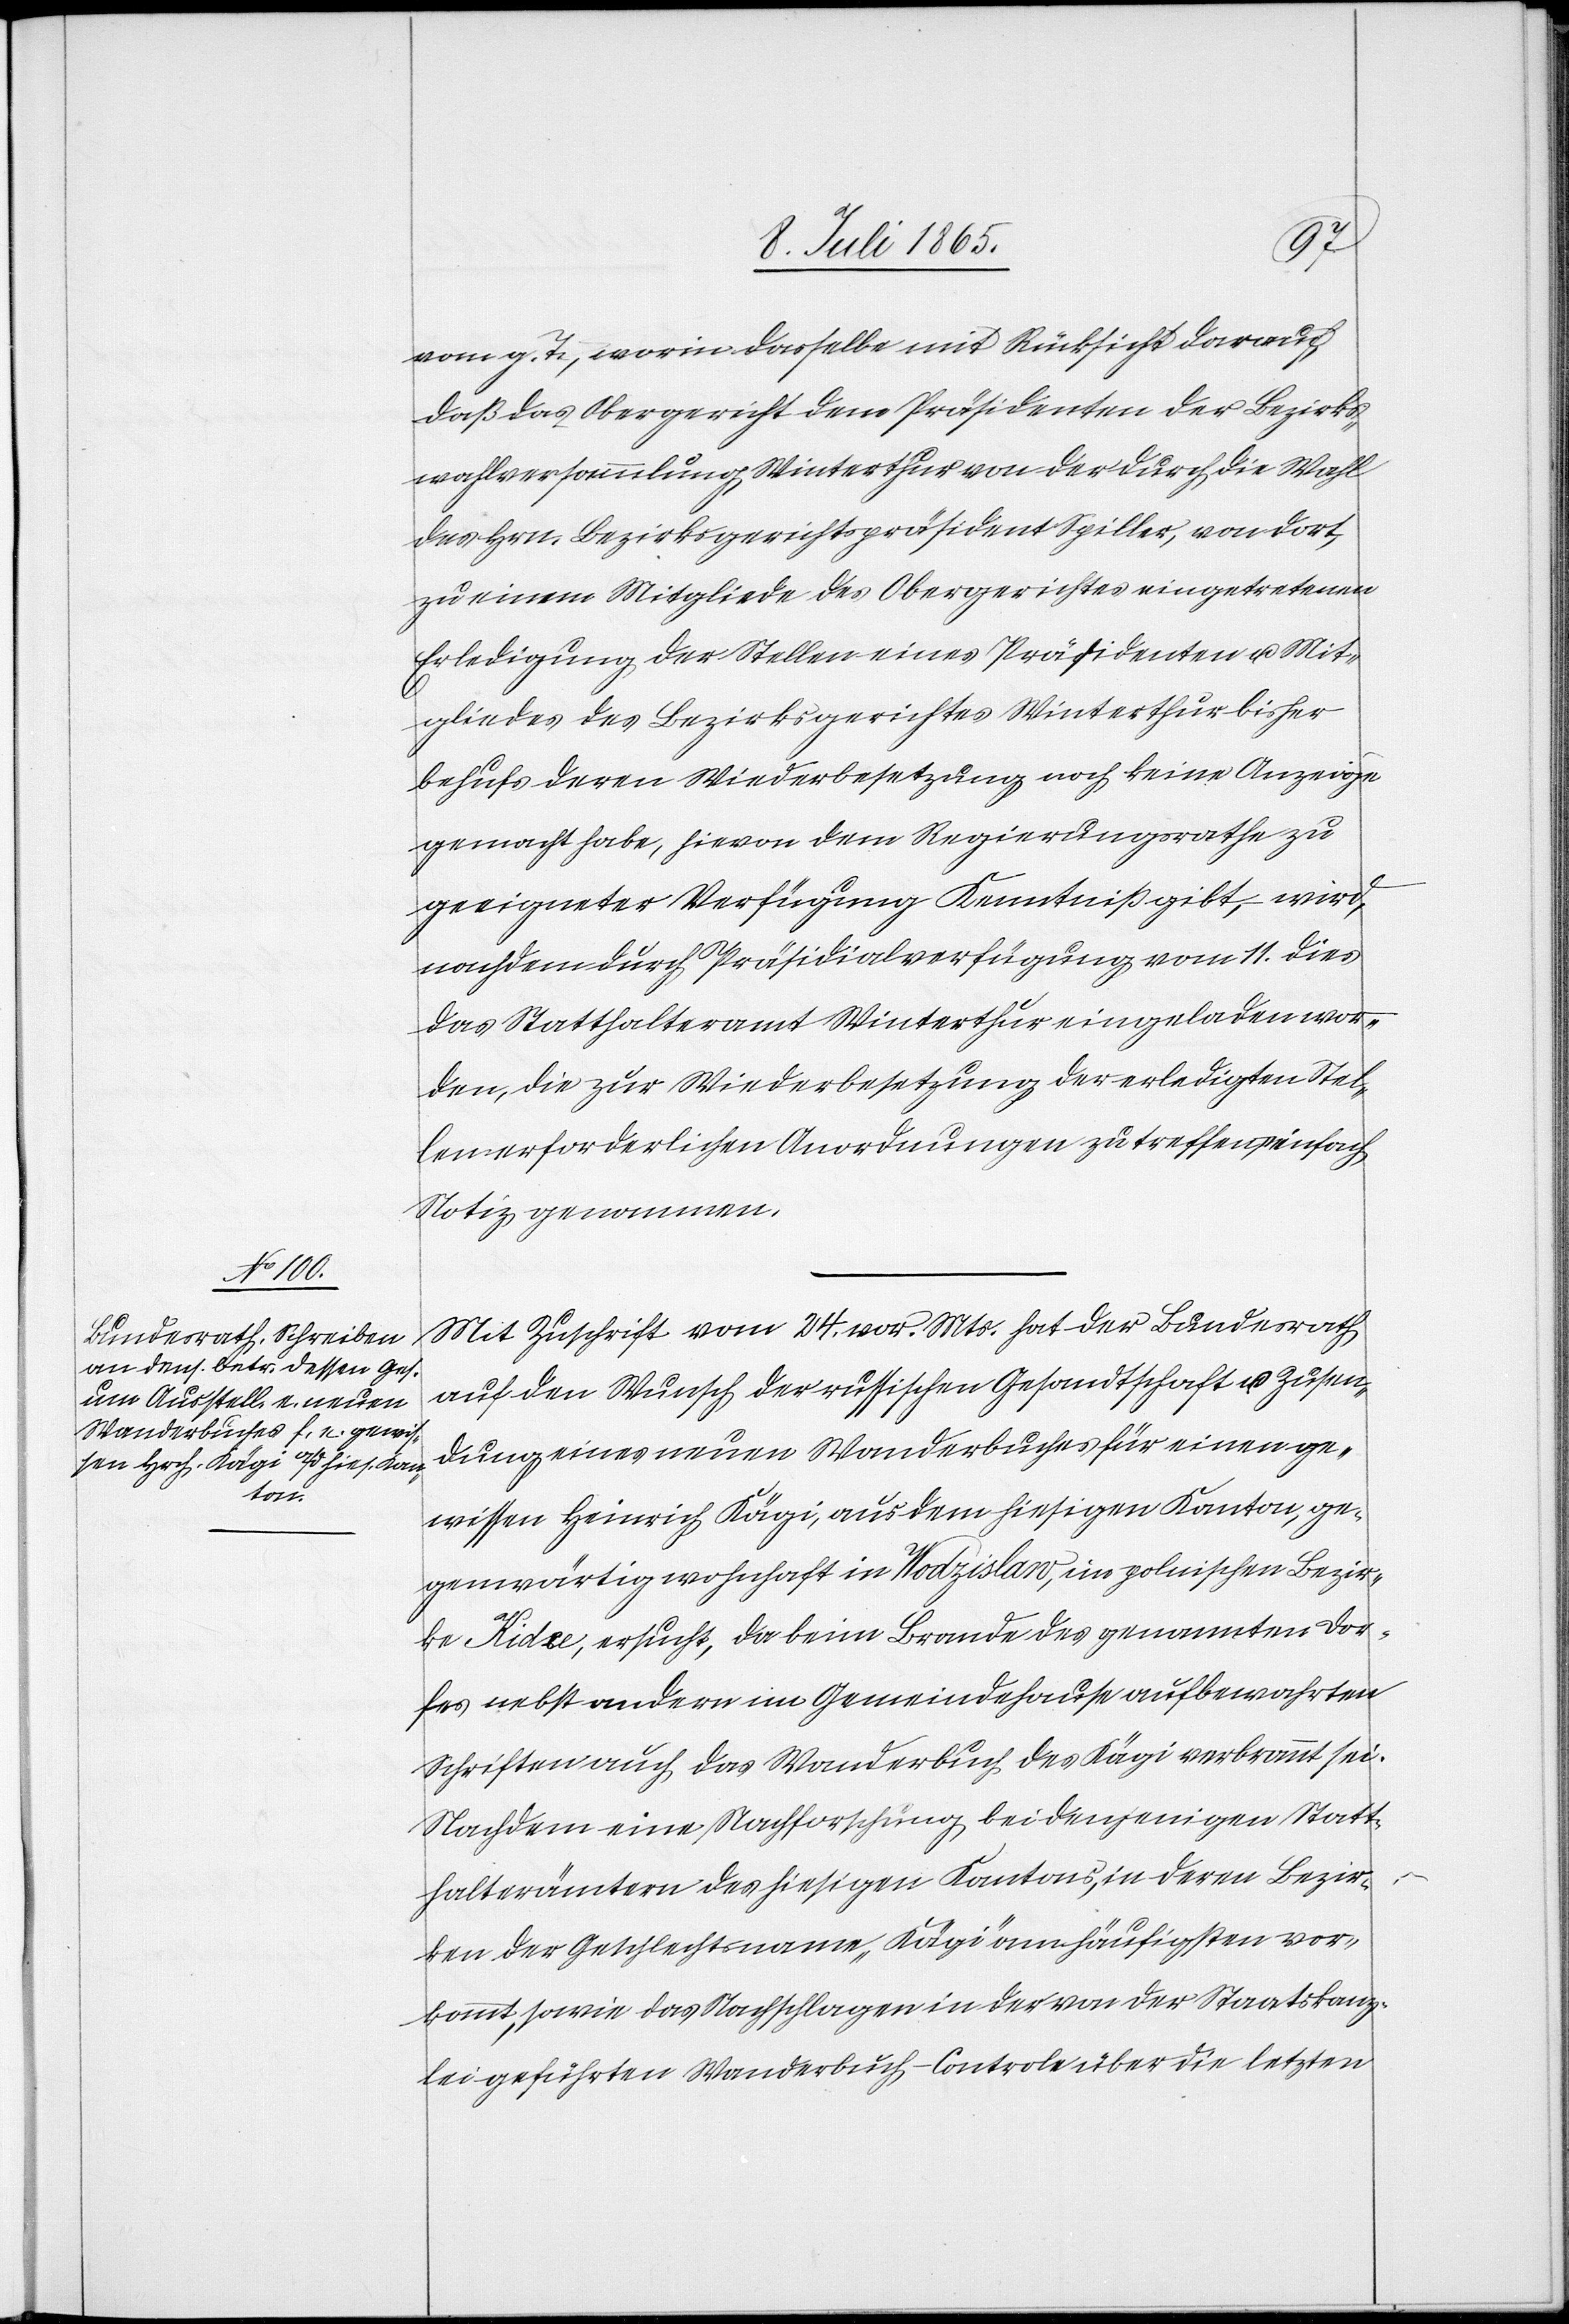
13. Juli 1865.]
vom g. T., worin dasselbe mit Rücksicht darauf,
daß das Obergericht dem Präsidenten der Bezirks¬
wahlversammlung Winterthur von der durch die Wahl
des Hrn. Bezirksgerichtspräsident Spiller, von dort,
zu einem Mitgliede des Obergerichtes eingetretenen
Erledigung der Stellen eines Präsidenten u. Mit¬
gliedes des Bezirksgerichtes Winterthur bisher
behufs deren Wiederbesetzung noch keine Anzeige
gemacht habe, hievon dem Regierungsrathe zu
geeigneter Verfügung Kenntniß gibt, wird,
nachdem durch Präsidialverfügung vom 11. dies
das Statthalteramt Winterthur eingeladen wor¬
den, die zur Wiederbesetzung der erledigten Stel¬
len erforderlichen Anordnungen zu treffen, einfach
Notiz genommen.
Mit Zuschrift vom 24. vor. Mts. hat der Bundesrath
auf den Wunsch der russischen Gesandtschaft [?um] Zusen¬
dung eines neuen Wanderbuches für einen ge¬
wissen Heinrich Kägi, aus dem hiesigen Kanton, ge¬
genwärtig wohnhaft in Wodzislaw, im polnischen Bezir¬
ke Kidce, ersucht, da beim Brande des genannten Dor¬
fes nebst andern im Gemeindehause aufbewahrten
Schriften auch das Wanderbuch des Kägi verbrannt sei.
Nachdem eine Nachforschung bei denjenigen Statt¬
halterämtern des hiesigen Kantons, in deren Bezir¬
ken der Geschlechtsnahme „Kägi“ am häufigsten vor¬
kommt, sowie das Nachschlagen in der von der Staatskanz¬
lei geführten Wanderbuch-Controle über die letzten